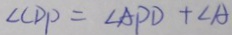
\angle C D P = \angle A P D + \angle A